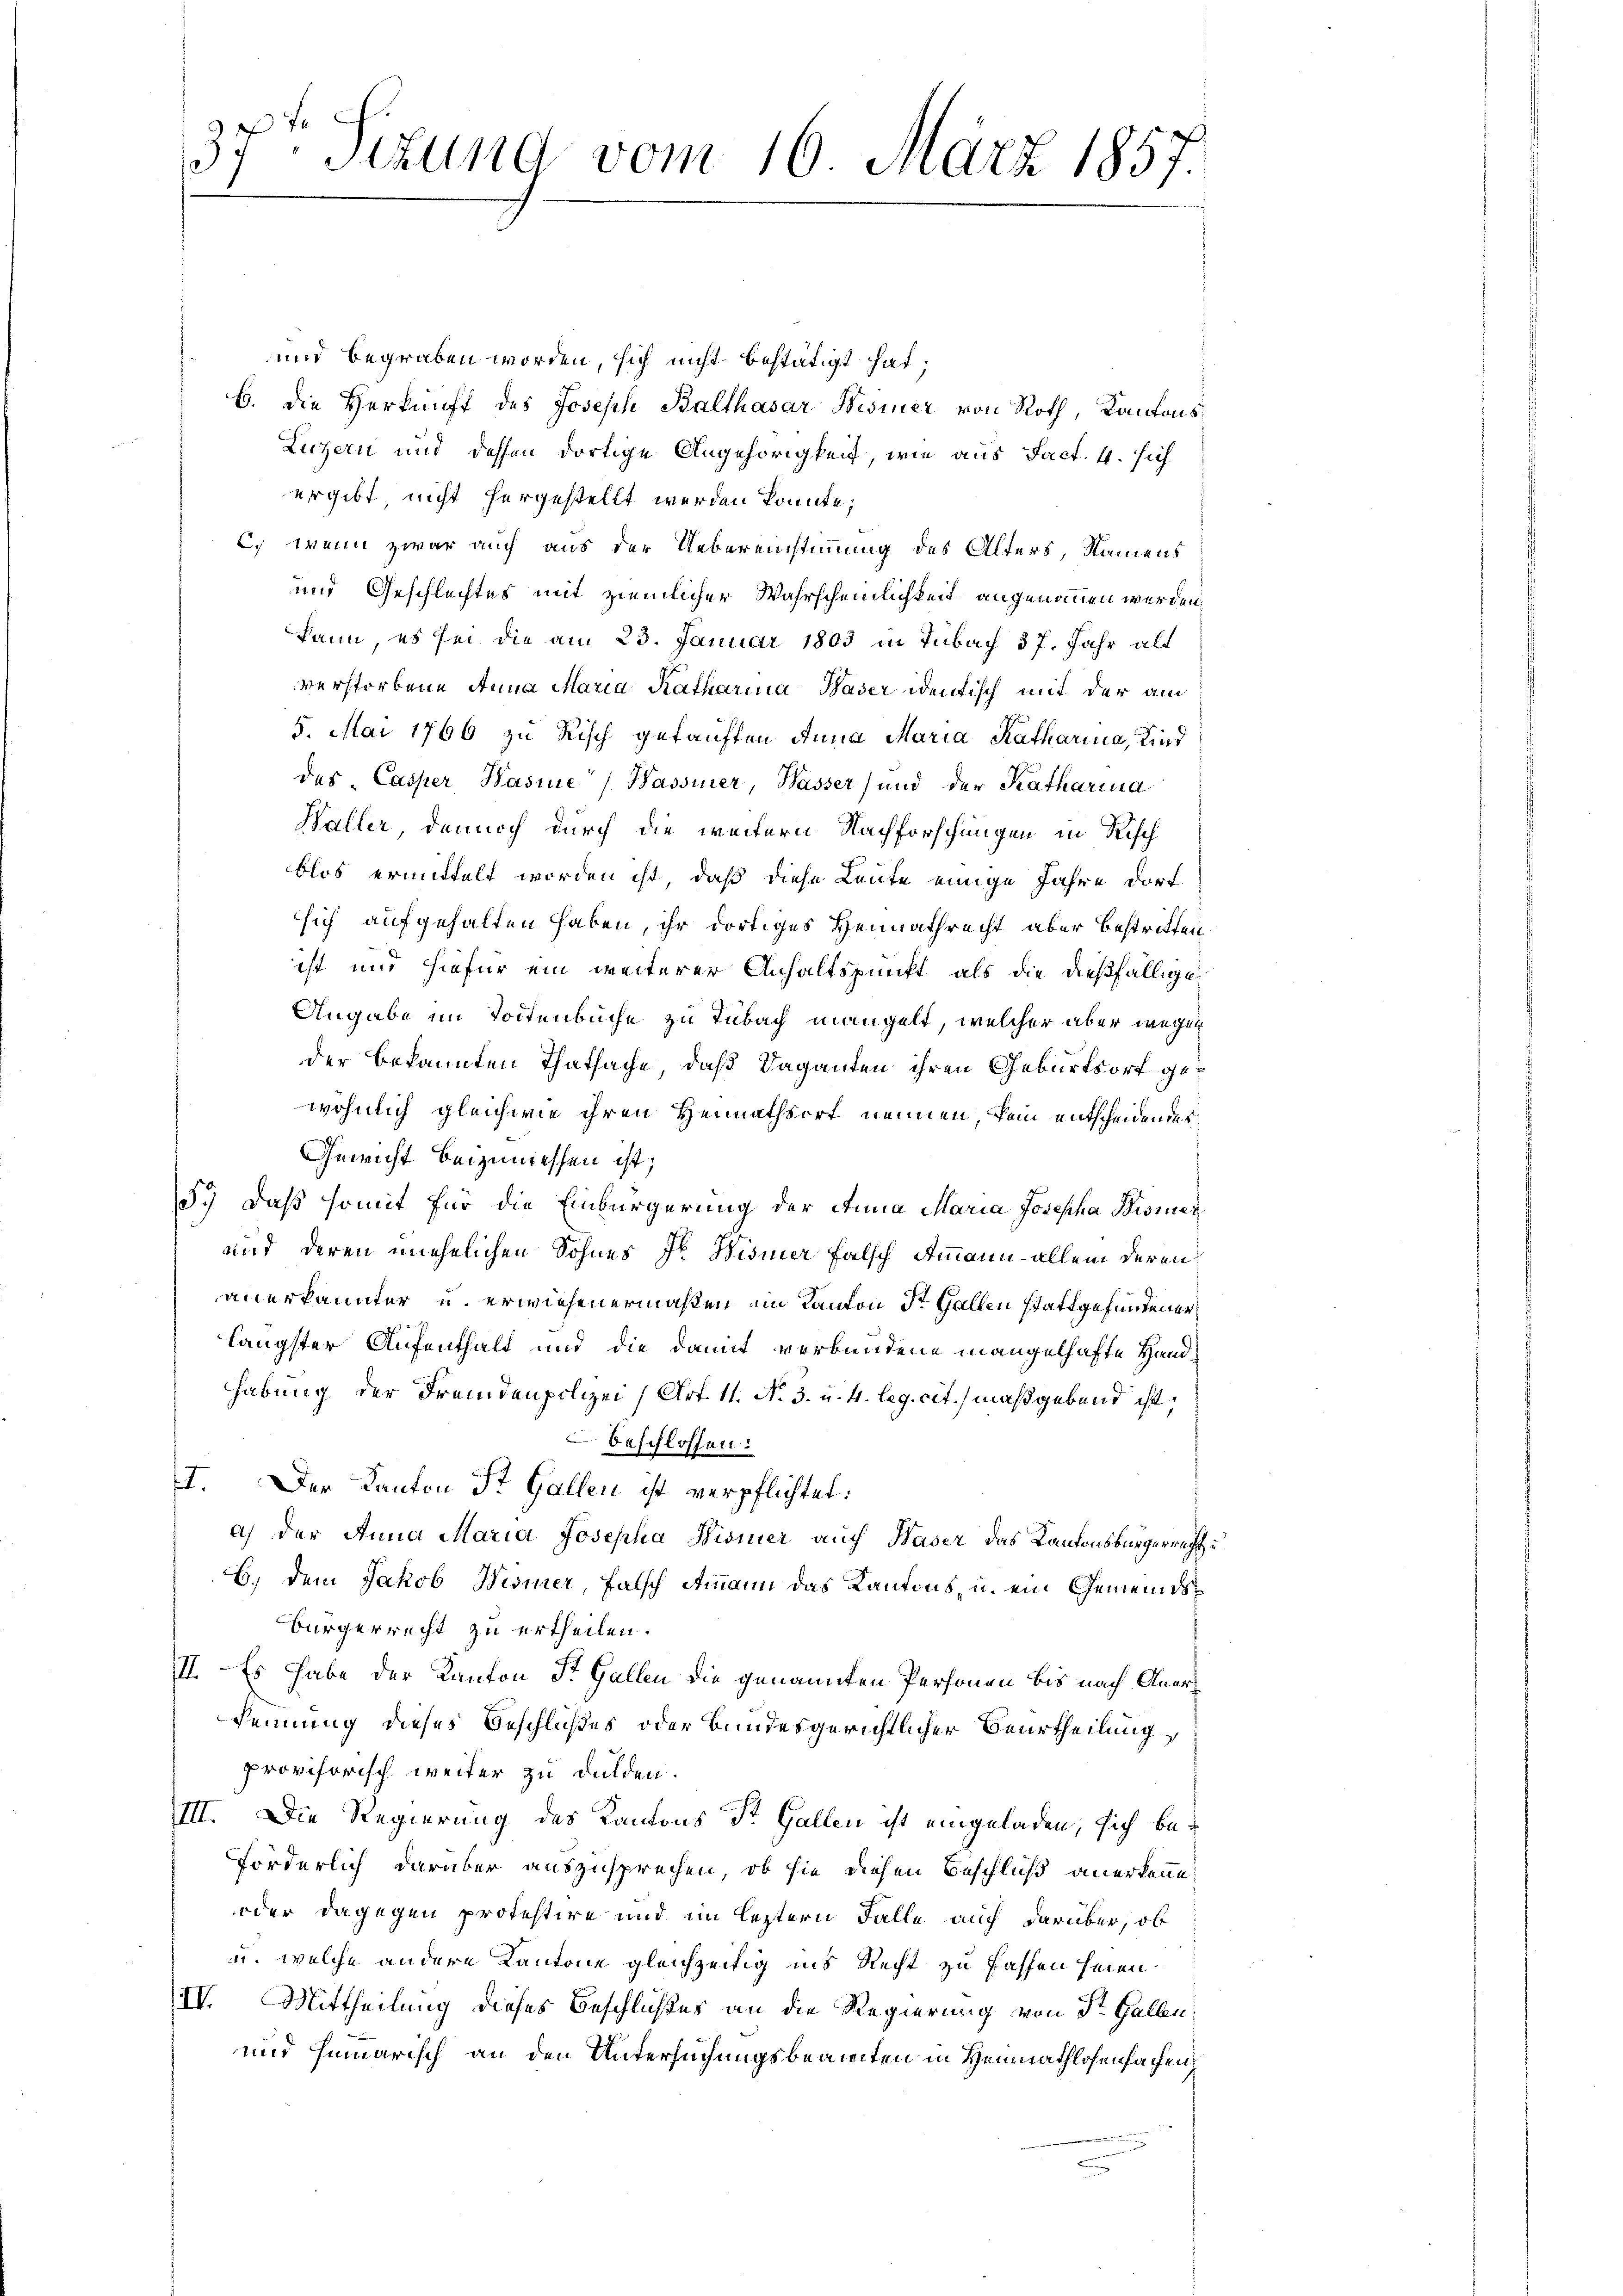
1
37 Sitzung vom 16. März 1857.

und begraben worden, sich nicht bestätigt hat;
b. Die Herkunft des Joseph Balthasar Wismer von Roth, Kantons¬
Liczern und dessen dortige Angehörigkeit, wie aus Fact. 4. sich
ergibt nicht hergestellt werden könnte;
C.) Wenn zwar auch aus der Uebereinstimmung des Alters, Namens
und Geschlechtes mit ziemlicher Wahrscheinlichkeit angenommen werden,
kann, es sei die am 23. Januar 1803 in Tubach 37. Jahr alt
verstorbene Anna Maria Katharina Waser identisch mit der am
5. Mai 1766 zu Risch gefauften Anna Maria Katharina, Kind
des Casper, Kasine Wassener, Wasser) und der Katharina
Waller, dennoch durch die weitern Nachforschungen in Risch
blos ermittelt worden ist, daß diese Leute einige Jahre dorf
sich aufgehalten haben, ihr dortiges Heimathrecht aber bestritten
ist und hiefür ein weiterer Anhaltspunkt als die dießfällige
Angabe im Todtenbüche zu Tubach mangelt, welcher aber wegen
der bekannten Thatsache, daß Vaganten ihren Geburtsort gewöhnlich gleichwie ihren Heimathsort nennen kein entscheidendes
Gewicht beizumessen ist;
5.) Daß somit für die Einbürgerung der Anna Maria Josepha Bismar
und deren unehelichen Sohnes Dr Wismer falsch Ammann allein deren
anerkannter u. erwiesenermaßen im Kanton der Gallen stattgefundener
längster Aufenthalt und die damit verbundene mangelhafte Handhabung der Fremdenpolizei (Art. 11. N. 3. u. 4. leg. cit. maßgebend ist,
beschlossen:
I. Der Kanton St. Gallen ist verpflichtet:
a) der Anna Maria Josepha Wismer auch Waser das Kantonsbürgerrecht
B.) Dem Jakob Wismer, falsch Atmann das Kantons, u. ein Gemeinds¬
Bürgerrecht zu ertheilen.
III. Es habe der Kanton St. Gallen die genannten Personen bis nach Anerkennung dieses Beschlußes oder bundesgerichtlicher Beurtheilung
provisorisch weiter zu dulden.
III. Die Regierung des Kantons St. Gallen ist eingeladen, sich beförderlich darüber auszusprechen, ob sie diesen Beschluß anerkenne,
oder dagegen protestire und im leztern Falle auch darüber, ob
u. welche andere Kantone gleichzeitig ins Recht zu fassen seien.
IV. Mittheilung dieses Beschlußes an die Regierung von St. Gallen
und hinarisch an den Untersuchungsbeamten in Heimathlosenfachen,